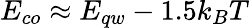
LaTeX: E_{co}\approx E_{qw}-1.5k_{B}T